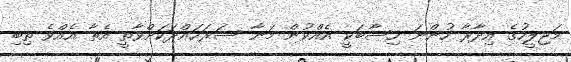
މަޖިލީހުގެ އިދާރާ ހުންނަ ހިސާބަކީ އެއްވުން މަނާ ސަރަހައްދަކަށްވާތީ އެތާ އެއްވެ ތިބި